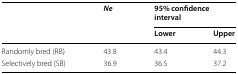
<table><thead><tr><td rowspan="2"></td><td rowspan="2"><b><i>Ne</i></b></td><td colspan="2"><b>95% confidence interval</b></td></tr><tr><td><b>Lower</b></td><td><b>Upper</b></td></tr></thead><tbody><tr><td>Randomly bred (RB)</td><td>43.8</td><td>43.4</td><td>44.3</td></tr><tr><td>Selectively bred (SB)</td><td>36.9</td><td>36.5</td><td>37.2</td></tr></tbody></table>